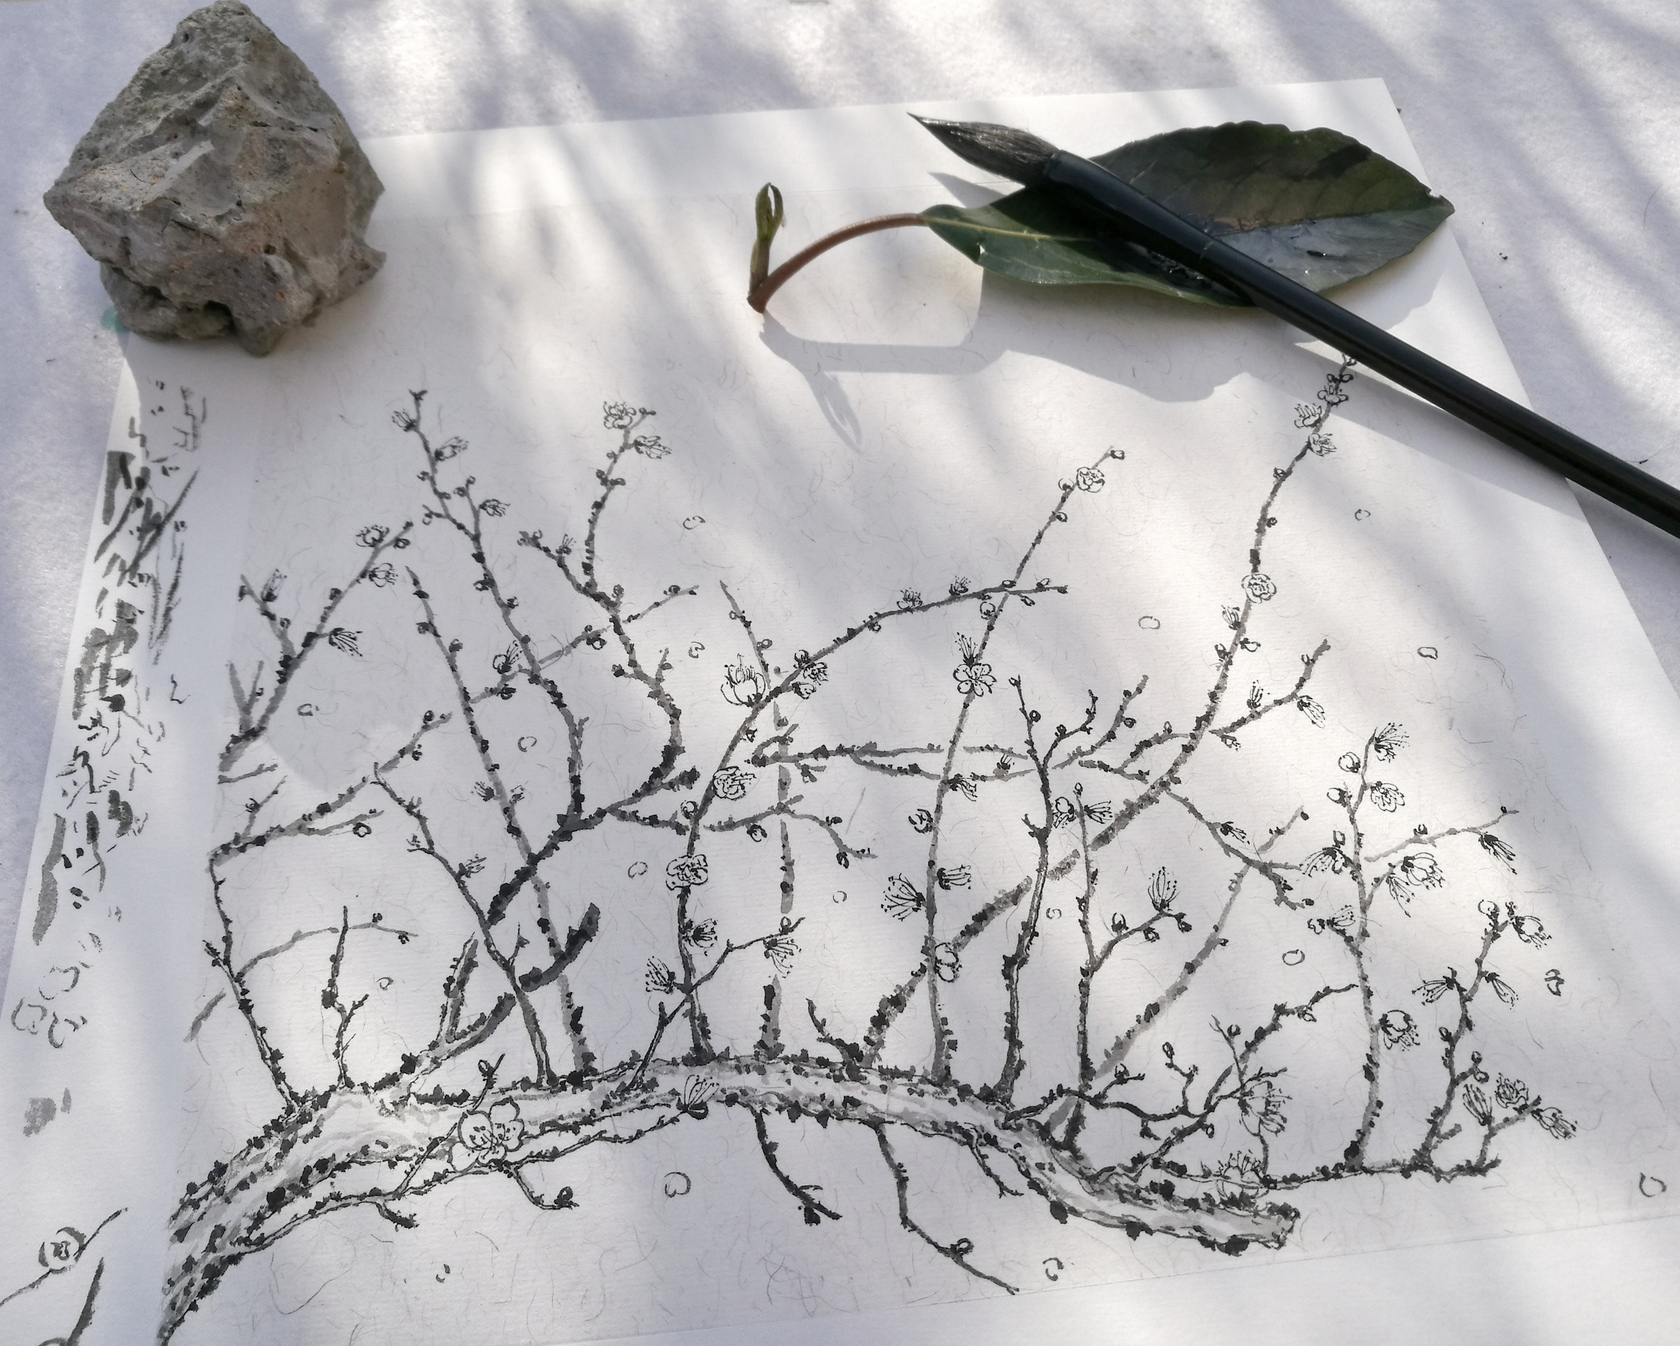
有花堪折直须折，莫待无花空折枝。